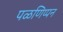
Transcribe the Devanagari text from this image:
पळणिप्पन